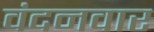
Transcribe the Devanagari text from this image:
वंदनवार